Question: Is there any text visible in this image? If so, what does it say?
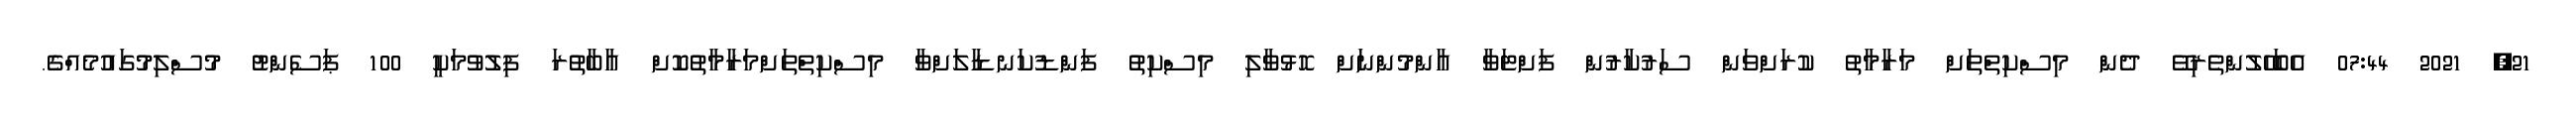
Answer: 21, 2021 07:44 އެބަހޭލުންތެރިވޭ ދެން މިސްކިތްތަށް މަރާމާތު ކުރަށްވަން ސަރުކާރުން ފަށްޓަވާ އާންމުންނަށް ހޮޅުވާލި މިސްކިތު ފަންޑުކަނޑާލަށްވާ މިސްކިތްތަށްމަރާމާތުކޮށް އާބާތުރަ ފިލުވުމަކީ 100 ޕަސެންޓު މުސްލިމުގައުމެއްގެ.